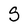
Character: S